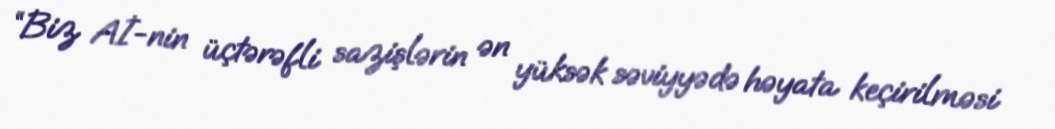
“Biz Aİ-nin üçtərəfli sazişlərin ən yüksək səviyyədə həyata keçirilməsi